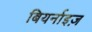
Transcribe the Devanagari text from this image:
बियर्नाइज़